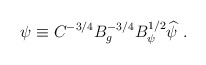
\begin{align*}\psi \equiv C^{-3/4} B_g^{-3/4} B^{1/2}_\psi \widehat\psi\ .\end{align*}